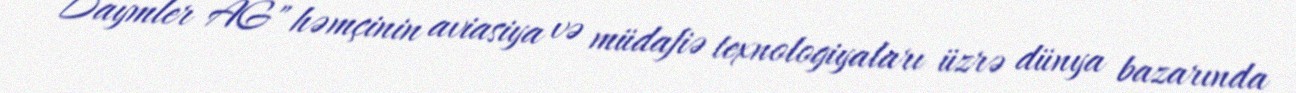
Daymler AG" həmçinin aviasiya və müdafiə texnologiyaları üzrə dünya bazarında